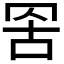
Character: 𮊁